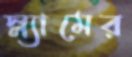
স্ল্যামের